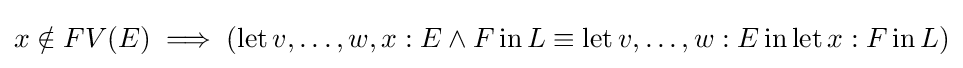
x\notin FV(E)\implies (\operatorname {let} v,\dots ,w,x:E\land F\operatorname {in} L\equiv \operatorname {let} v,\dots ,w:E\operatorname {in} \operatorname {let} x:F\operatorname {in} L)